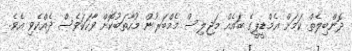
ދޮންބިލެތް ކަމަށް އެމްޑީޕީގެ ބައެއް މަޖިލިސް މެމްބަރުން މުހާތަބުކޮށް ވާހަކަވެސް ދެއްކެވި އެވެ.